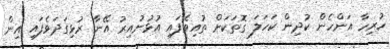
ހުރިހާ އަންހެން ކުދިން ކަހަލަ ގޮތަކަށް ތުއިވެފައި އުޅުނުއިރު އޭނާ ރުޅިގަދަވެފައި އިން